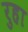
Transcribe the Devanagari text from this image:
रुहा